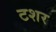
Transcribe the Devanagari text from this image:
टशर